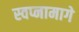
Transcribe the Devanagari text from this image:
स्वप्नामागे